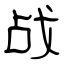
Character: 战